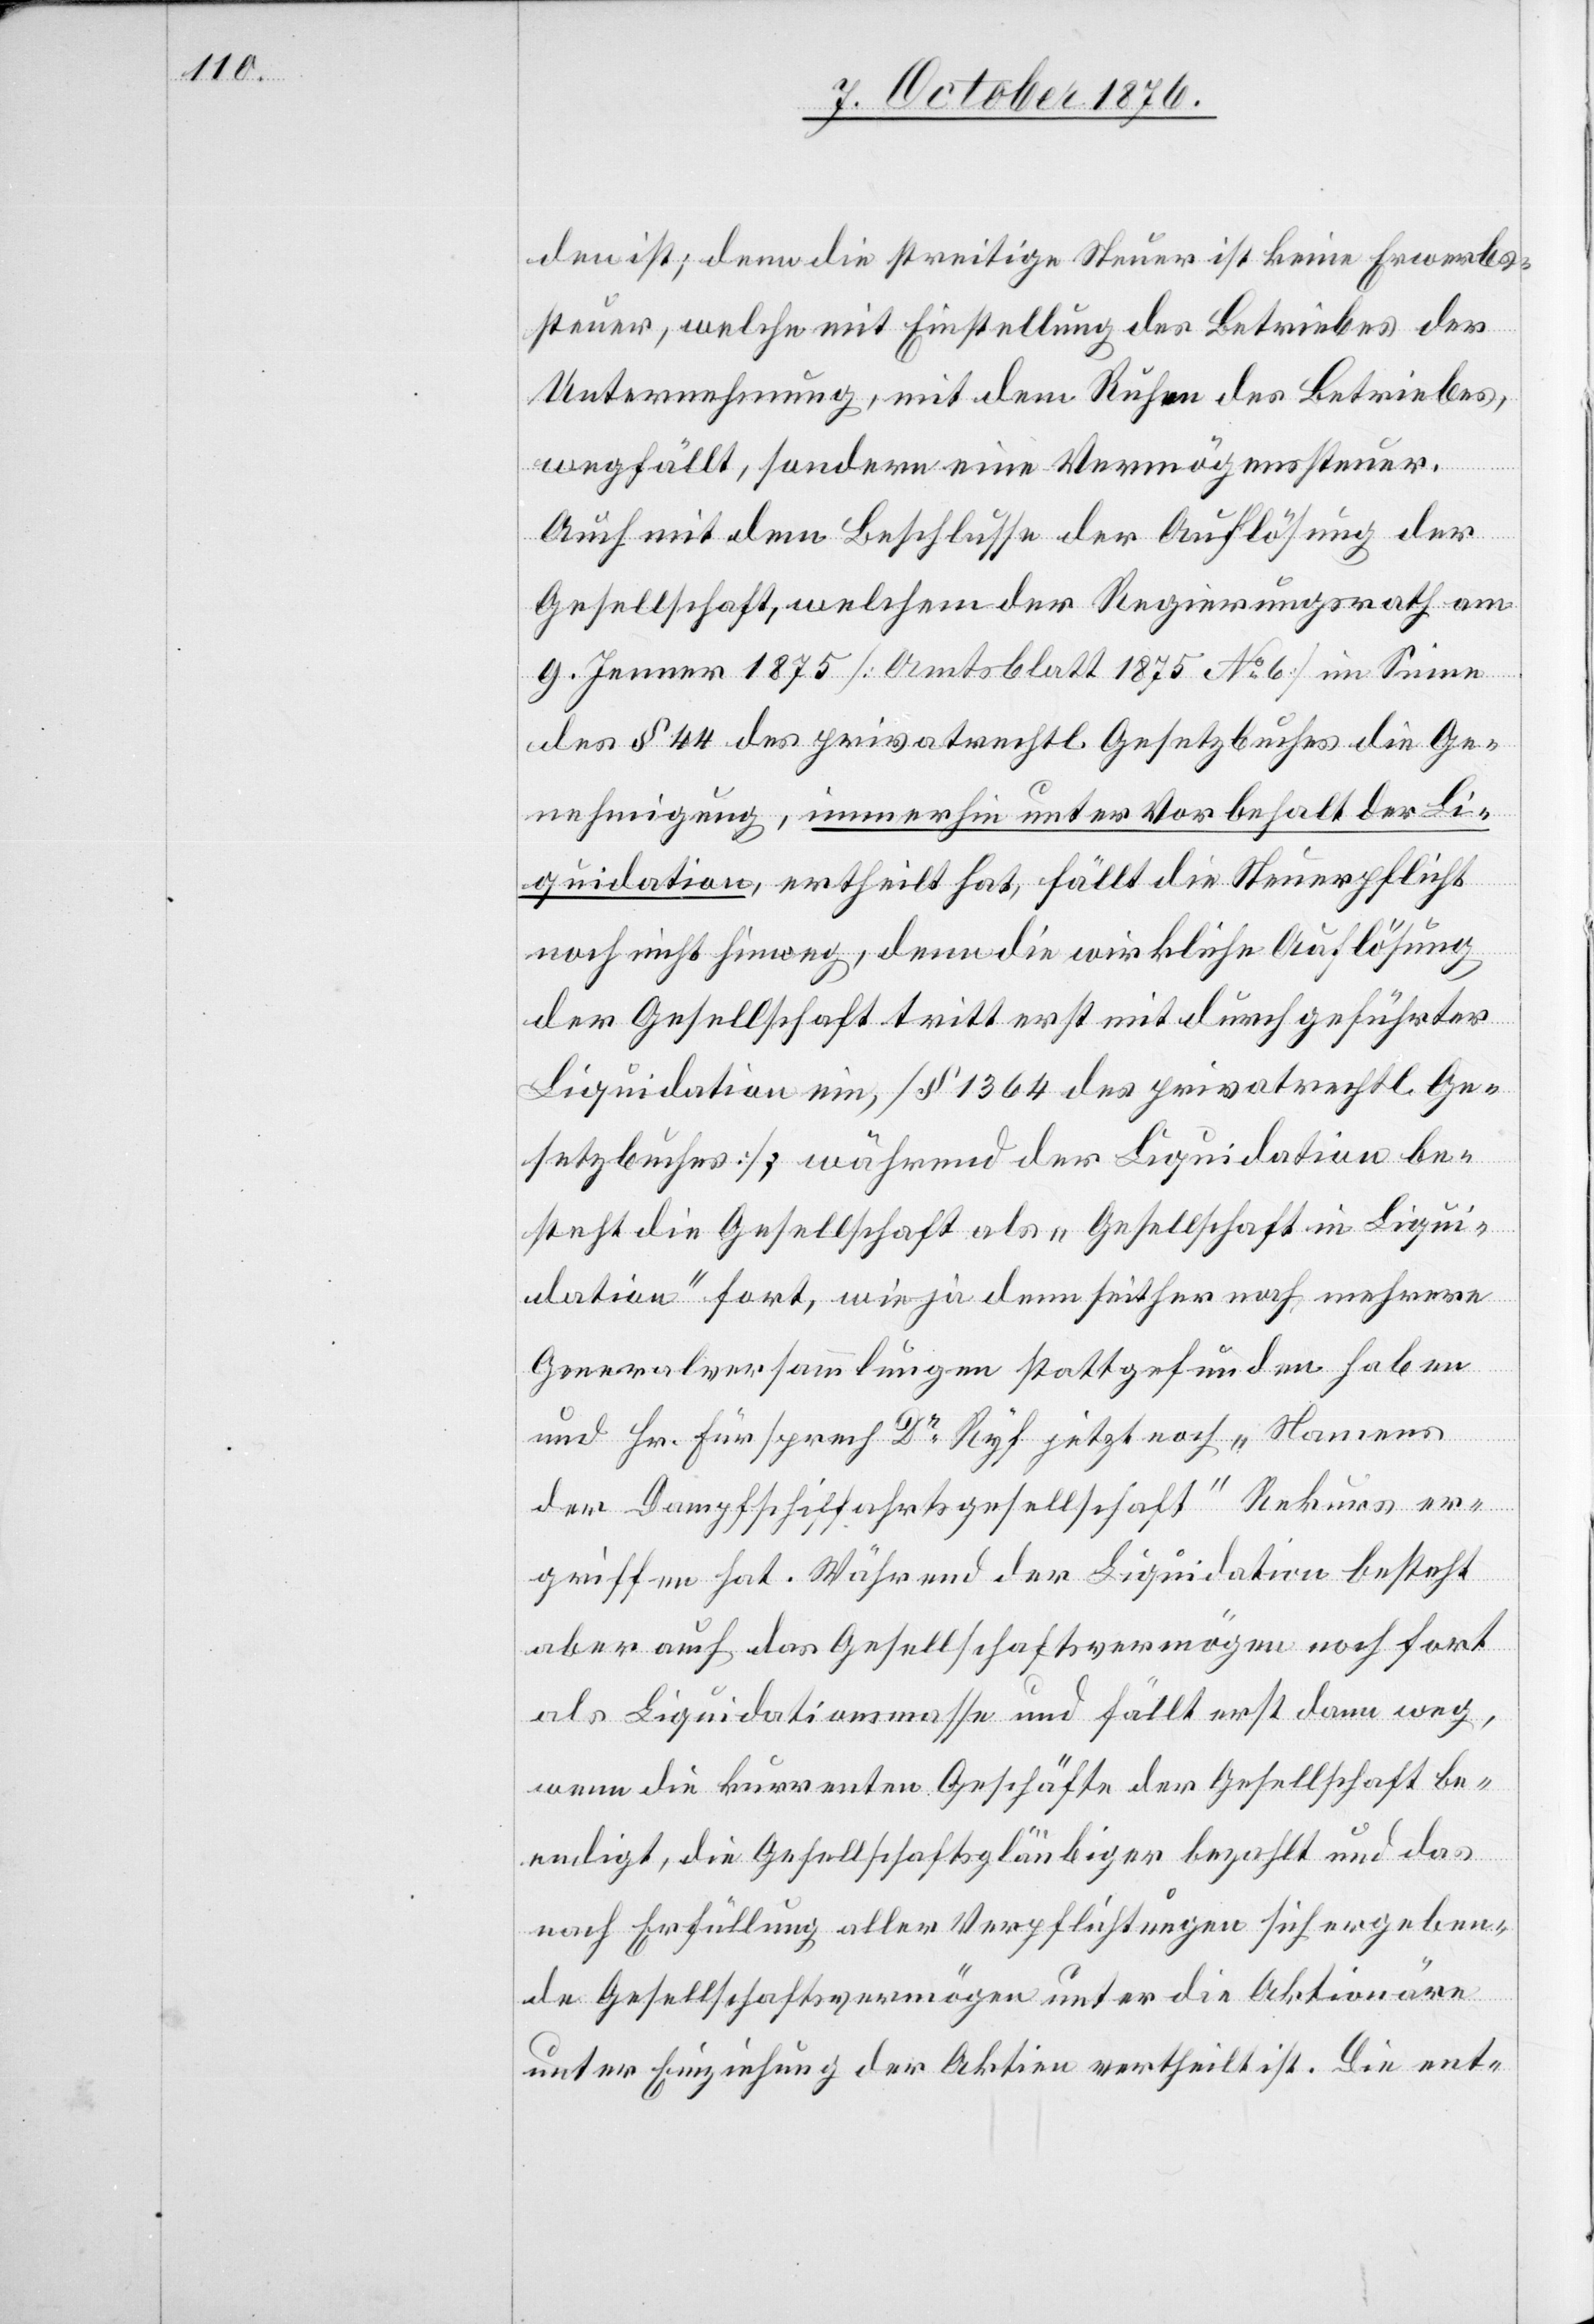
den ist; denn die streitige Steuer ist keine Erwerbs¬
steuer, welche mit Einstellung des Betriebes der
Unternehmung, mit dem Ruhen des Betriebes,
wegfällt, sondern eine Vermögenssteuer.
Auch mit dem Beschlusse der Auflösung der
Gesellschaft, welchem der Regierungsrath am
9. Jenner 1875 [Amtsblatt 1875 No 6] im Sinne
des § 44 des privatrechtl. Gesetzbuches die Ge¬
nehmigung, immerhin unter Vorbehalt der Li¬
quidation, ertheilt hat, fällt die Steuerpflicht
noch nicht hinweg, denn die wirkliche Auflösung
der Gesellschaft tritt erst mit durchgeführter
Liquidation ein, [§ 1364 des privatrechtl. Ge¬
setzbuches]; während der Liquidation be¬
steht die Gesellschaft als „Gesellschaft in Liqui¬
dation“ fort, wie ja denn seither noch mehrere
Generalversammlungen stattgefunden haben
und Hr. Fürsprech Dr Ryf jetzt noch „Namens
der Dampfschiffahrtsgesellschaft“ Rekurs er¬
griffen hat. Während der Liquidation besteht
aber auch das Gesellschaftsvermögen noch fort
als Liquidationsmasse und fällt erst dann weg,
wenn die kurrenten Geschäfte der Gesellschaft be¬
endigt, die Gesellschaftsgläubiger bezahlt und das
nach Erfüllung aller Verpflichtungen sich ergeben¬
de Gesellschaftsvermögen unter die Aktionäre
unter Einziehung der Aktien vertheilt ist. Die ent-